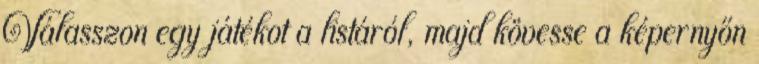
Válasszon egy játékot a listáról, majd kövesse a képernyőn